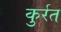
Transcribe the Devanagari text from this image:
कुर्रत